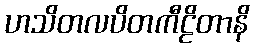
ဟသိတလပိတကီဠိတာနိ